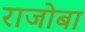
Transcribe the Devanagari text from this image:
राजोबा